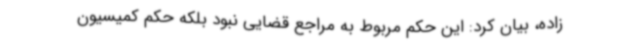
زاده، بیان کرد: این حکم مربوط به مراجع قضایی نبود بلکه حکم کمیسیون